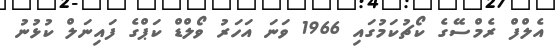
އެލްފް ރެމްސޭގެ ކޯޗުކަމުގައި 1966 ވަނަ އަހަރު ވޯލްޑް ކަޕްގެ ފައިނަލް ކުޅުނު